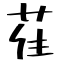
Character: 萑